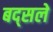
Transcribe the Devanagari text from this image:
बद्सले